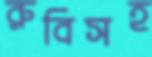
রুবিসহ